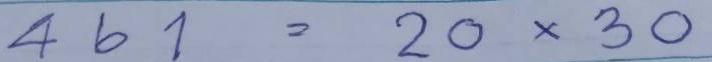
461 = 20 x 30